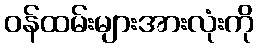
ဝန်ထမ်းများအားလုံးကို